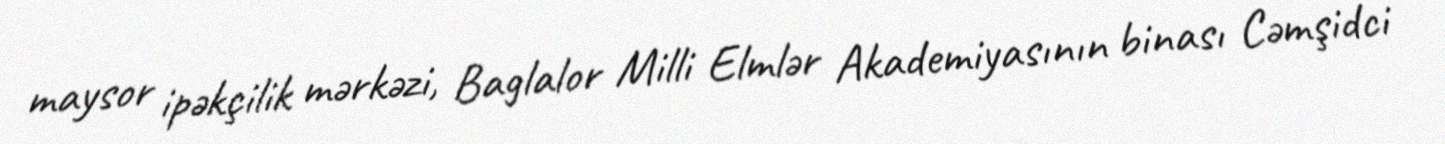
maysor ipəkçilik mərkəzi, Baglalor Milli Elmlər Akademiyasının binası Cəmşidci